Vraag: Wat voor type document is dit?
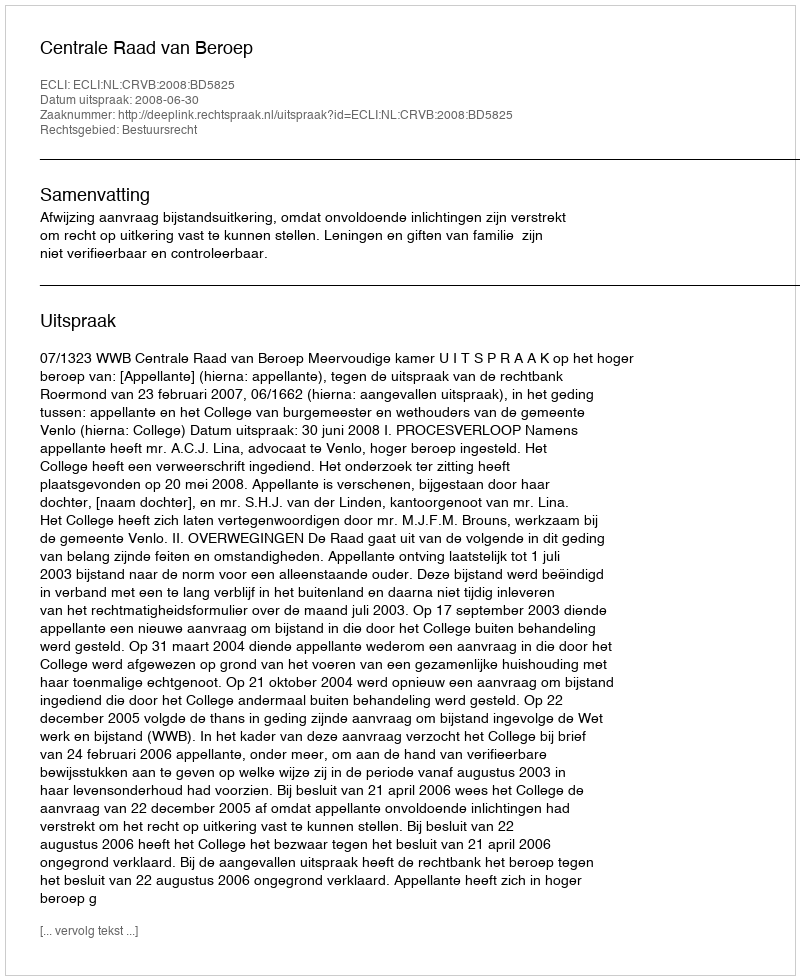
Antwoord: Uitspraak